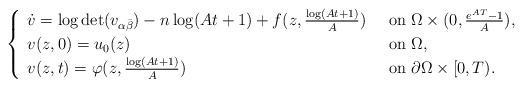
LaTeX: \begin{align*} \begin{cases} \begin{array}{ll} \dot{v}=\log\det (v_{\alpha\bar{\beta}})-n\log (At+1)+f(z,\frac{\log (At+1)}{A})\;\; &\mbox{on}\; \Omega\times (0,\frac{e^{AT}-1}{A}),\\ v(z,0)=u_0(z)&\mbox{on}\;\Omega,\\ v(z,t)=\varphi (z,\frac{\log (At+1)}{A})&\mbox{on}\; \partial\Omega\times [0,T). \end{array} \end{cases} \end{align*}